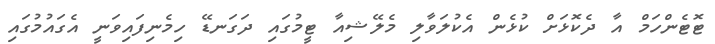
ޓޮޓެންހަމް އާ ދެކޮޅަށް ކުޅެން އެކުލަވާލި މެލޭޝިއާ ޓީމުގައި ދަގަނޑޭ ހިމެނިފައިވަނީ އެގައުމުގައި